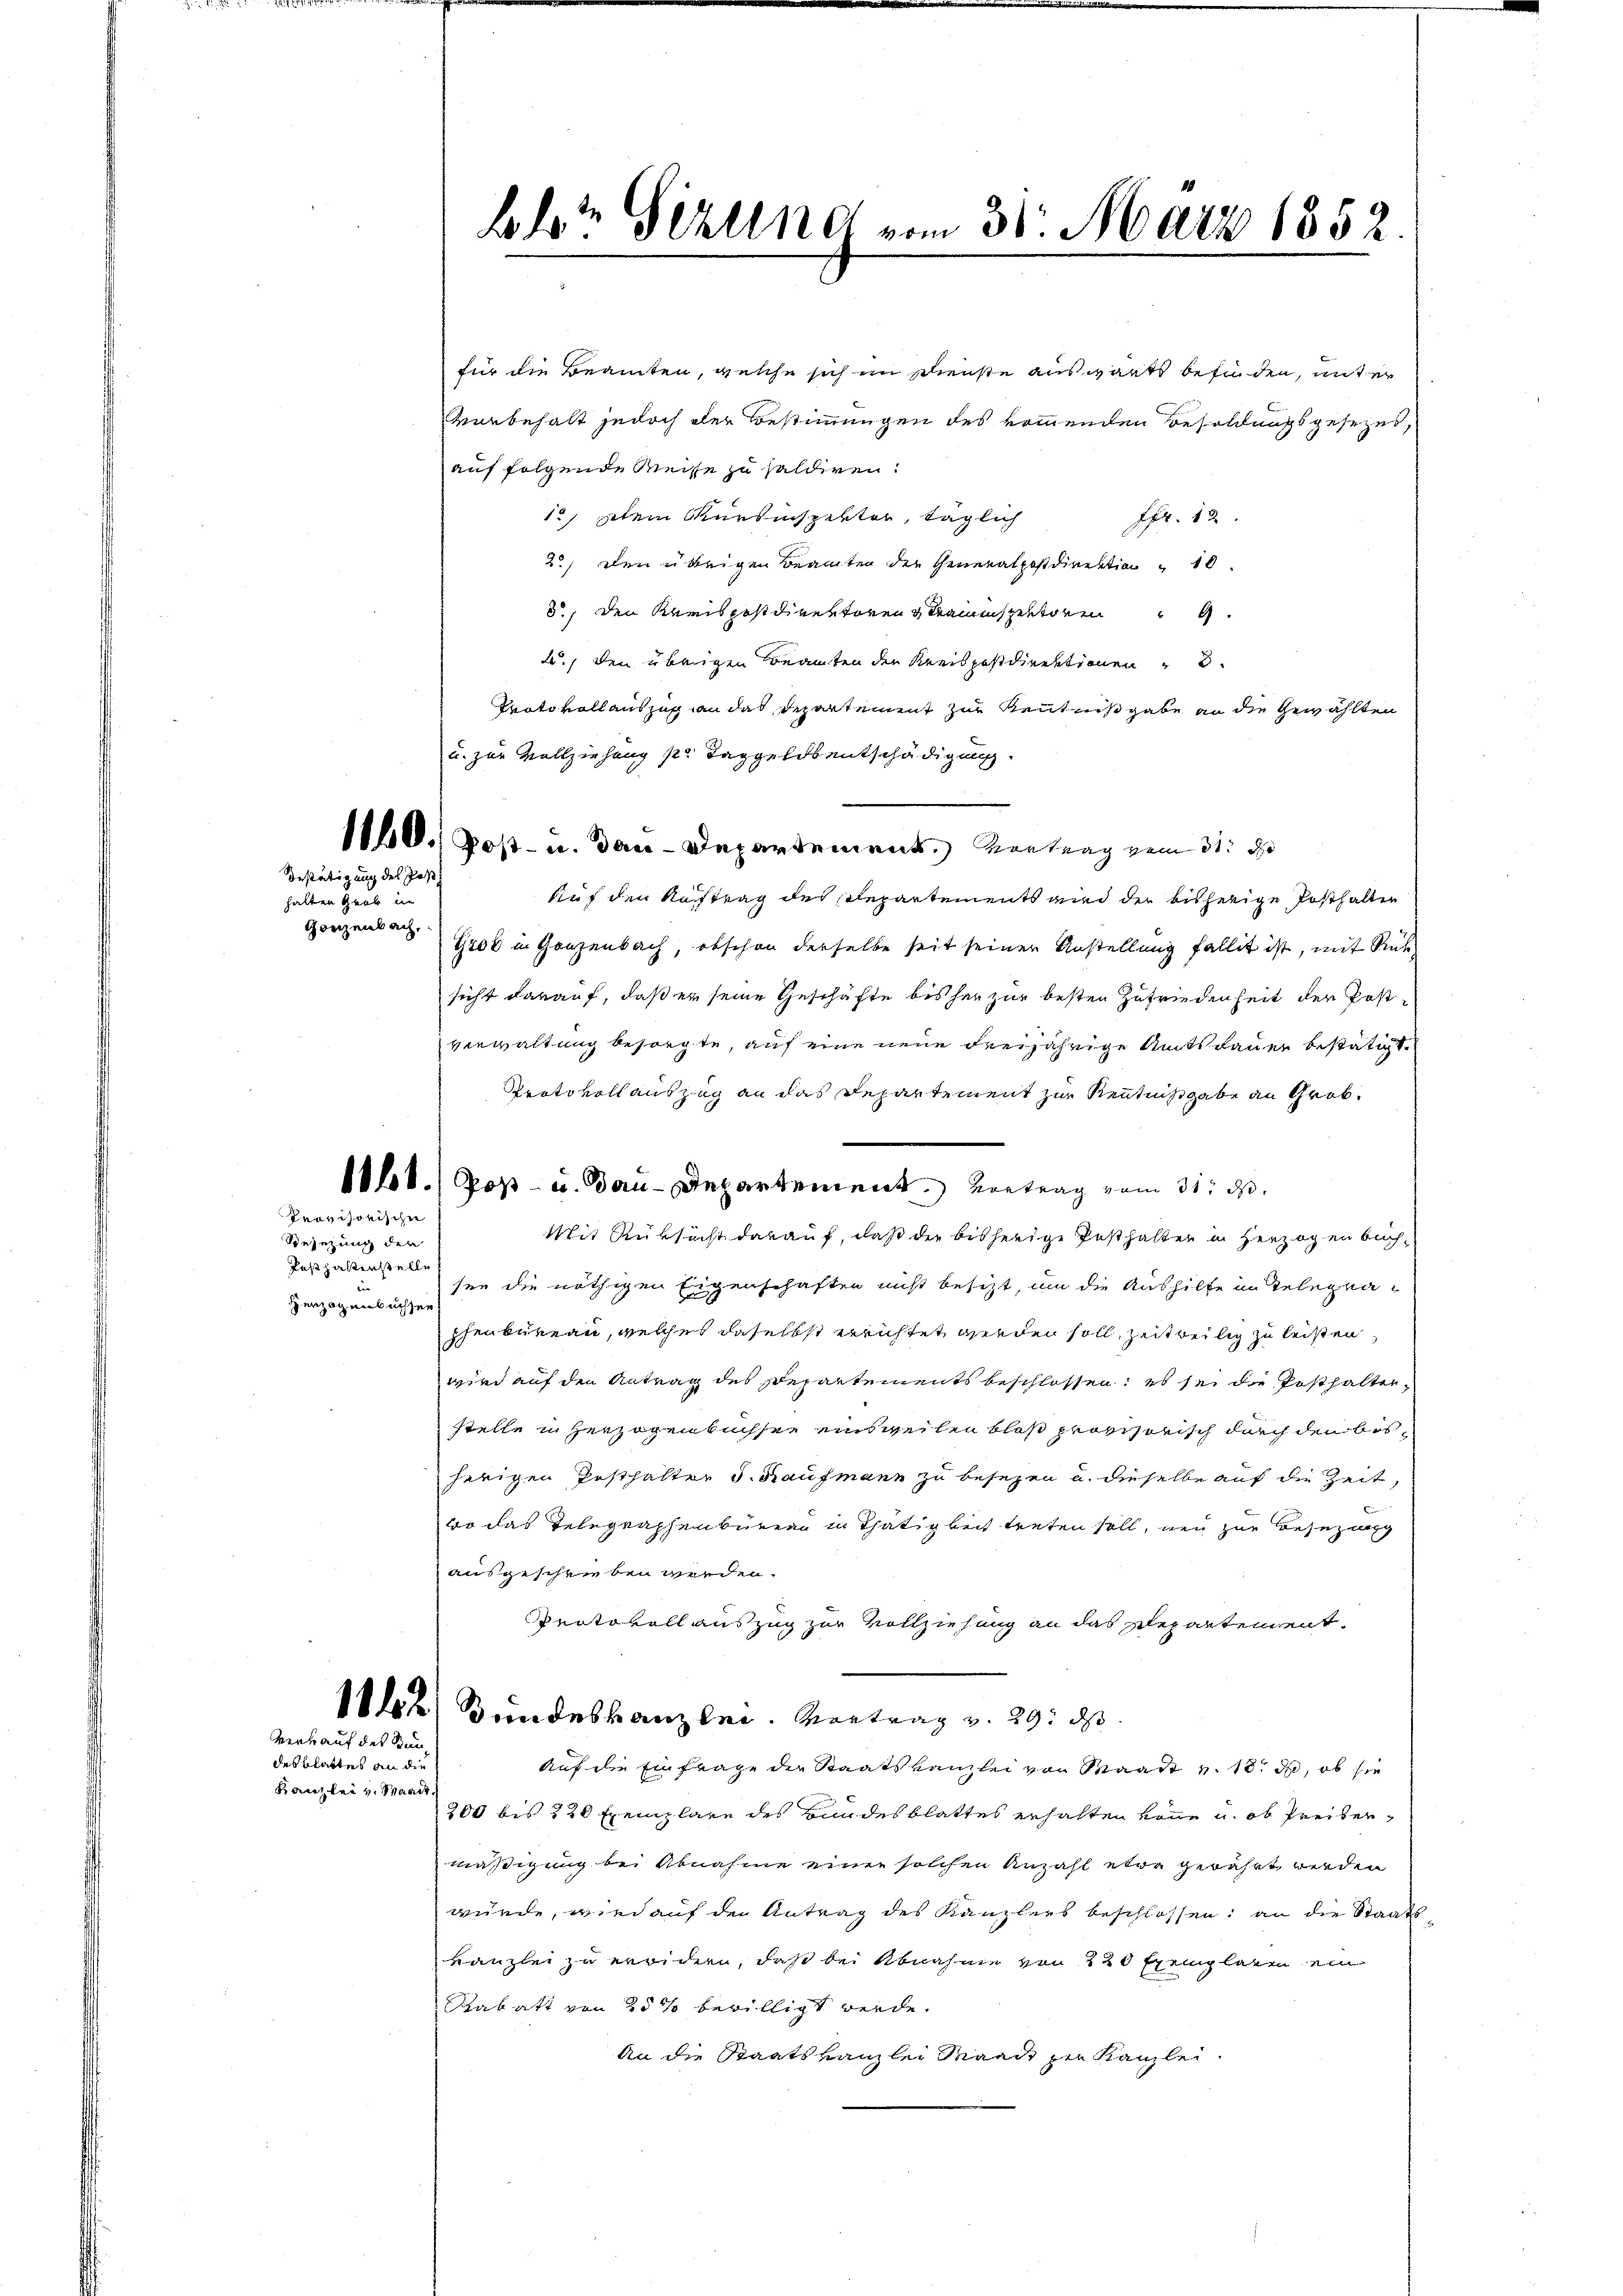
Bestätigung des Post
halten Grob in
Gonzenbach,

Provisorischen

Besezung der
Jaspalten stelle
Herzogenbüchse

Verkauf des Stun

des Blattes an die
Kanzlei v. Staat

hlst Sizung vom 31. März 1852

für die Beamten, welche sich im Dienste auswärts befinden, unter
Murbehalt jedoch der Bestimmungen des kommenden Besoldungsgesezes,
auf folgende Weise zu haldiren.
12, item Kursinspektor, täglich
Fr. 12
2.) Den übrigen Beamten der Generalpostdirektion und 10.
5., den Kreispostdirektoren & Braunspektoren
2., den übrigen Konamten der Kreispostdirektionen
Protokoll auszug an das Departement zur Kenntnißgabe an die Gewählten
u. zur Vollziehung pr. Taggeldsentschädigung.
Auf den Auftrag des Repartements wird der bisherige Posthalten
G400 in Ganzenbach, obschon derselbe seit seiner Anstellung fallit ist, mit Rüh
sicht darauf, daß er seine Geschäfte bis her zur besten Zufriedenheit der Postverwaltung besiegte, auf eine neue Freijährige Amtsdauer bestätigt
Protokollauszug an das Departement zur Kenntnißgabe an Grob.
11.) Pop- u. Bau-Departement. Vortrag vom 31. d.
Mit Rüksicht darauf, daß die bisherige Pesthalten in Herzogen buch
sen die nöthigen Eigenschaften nicht besizt, um die Aushilfe in Telegnaphenbureau, welches daselbst errichtet werden soll, zeitweilig zu leisten,
wird auf den Antrag des Departements beschlossen; es sei die Posthalterstelle in Herzogenbüchsen einsweilen bloß provisorisch durch den bisherigen Pesthalter J. Kaufmann zu besezen u. dieselbe auf die Zeit,
wo das Telegraphenburg in Thätigkeit treten soll, neu zur Besezung
ausgeschrieben werden.
Protokollauszug zur Vollziehung an das Departement¬
12 Bundeskanzlei. Vortrag v. 29. ds.
Auf die Einfrage der Staatskanzlei von Waadt v. 18. d, ob sie
200 bis 220 Exemplare des Bundesblattes erhalten könne u. ob Freiber,
mäßigung bei Abnahme einer solchen Anzahl etwa gewährt werden
würde, wird auf den Antrag des Kanzlers beschlossen; an die Staats
Kanzlei zu erwidern, daß bei Abnahme von 120 Exemplaren ein
Kabatt von 25 % bewilligt werde.
An die Staatskanzlei Waadt zu Kanzlei.

1140. Post- u. dau-Departement. Vortrag vom 31. d